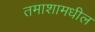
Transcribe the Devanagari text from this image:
तमाशामधील